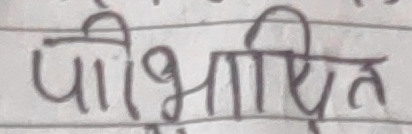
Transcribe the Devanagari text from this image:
पीभाषित